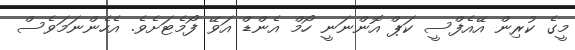
މީގެ ކުރިން އޭއެފްސީ ކަޕް އޮންނަނީ ހޯމް އެންޑް އަވޭ ފޯމެޓަށެވެ. އެހެންނަމަވެސް